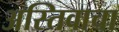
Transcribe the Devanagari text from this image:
अस्तिवाचा